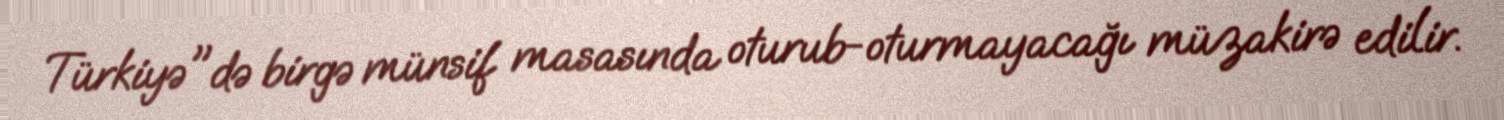
Türkiyə"də birgə münsif masasında oturub-oturmayacağı müzakirə edilir.